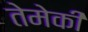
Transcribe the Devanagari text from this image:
तेमेकी